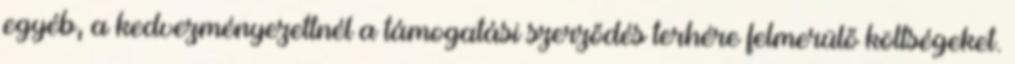
egyéb, a kedvezményezettnél a támogatási szerződés terhére felmerülő költségeket.